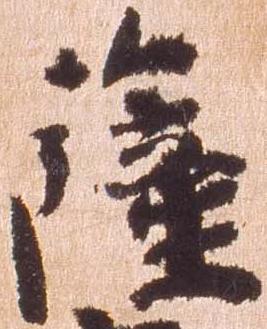
薩